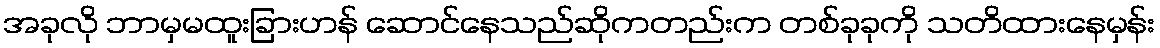
အခုလို ဘာမှမထူးခြားဟန် ဆောင်နေသည်ဆိုကတည်းက တစ်ခုခုကို သတိထားနေမှန်း